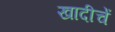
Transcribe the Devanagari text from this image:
खादीचें